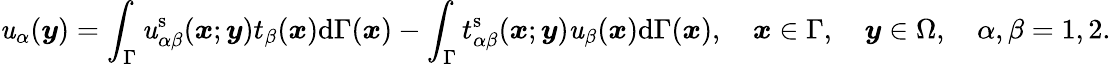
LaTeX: \mathit{u}_{\alpha}(\boldsymbol{y})=\int_{\Gamma}\mathit{u}_{\alpha\beta}^{\mathrm{{s}}}(\boldsymbol{x};\boldsymbol{y})t_{\beta}(\boldsymbol{x})\mathrm{{d}}\Gamma(\boldsymbol{x})-\int_{\Gamma}t_{\alpha\beta}^{\mathrm{{s}}}(\boldsymbol{x};\boldsymbol{y})\mathit{u}_{\beta}(\boldsymbol{x})\mathrm{{d}}\Gamma(\boldsymbol{x}),\quad\boldsymbol{x}\in\Gamma,\quad\boldsymbol{y}\in\Omega,\quad\alpha,\beta=1,2.